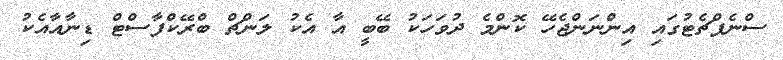
ސްނެޕްޗެޓުގައި އިންނަންޖެހޭ ކޮންމެ ދުވަހަކު ބޭބީ އާ އެކު ލަންޗް ބްރޭކްފާސްޓް ޑިނާއާއެކު